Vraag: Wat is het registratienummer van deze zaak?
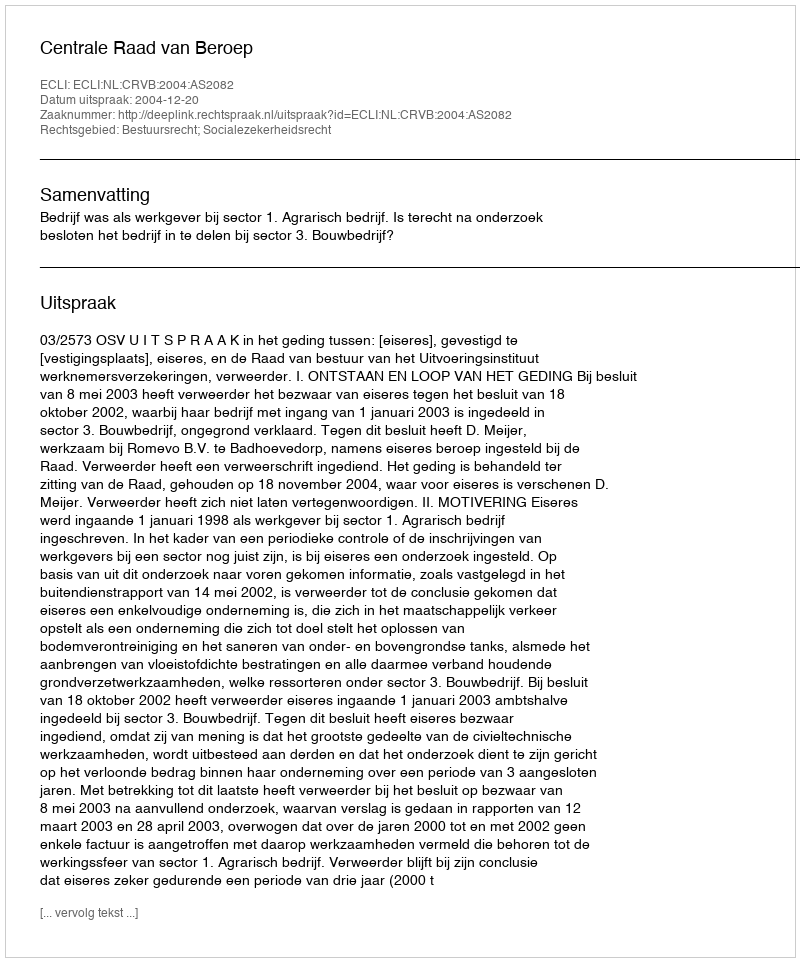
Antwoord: http://deeplink.rechtspraak.nl/uitspraak?id=ECLI:NL:CRVB:2004:AS2082